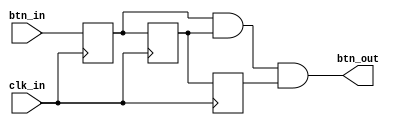
`timescale 1ns / 1ps

// For 7-segment display clock
// Authored by David J Marion

module btn_debouncer(
    input clk_in,
    input btn_in,
    output btn_out
    );
    
    reg d1, d2, d3;
    
    always @(posedge clk_in) begin
        d1 <= btn_in;
        d2 <= d1;
        d3 <= d2;
    end
    
    assign btn_out = d1 & d2 & d3;
    
endmodule